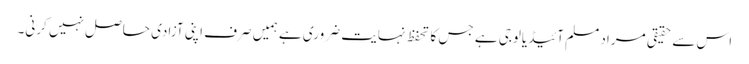
اس سے حقیقی مراد مسلم آئیڈیالوجی ہے جس کا تحفظ نہایت ضروری ہے ہمیں صرف اپنی آزادی حاصل نہیں کرنی۔